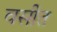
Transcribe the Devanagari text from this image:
वसीत